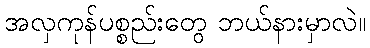
အလှကုန်ပစ္စည်းတွေ ဘယ်နားမှာလဲ။